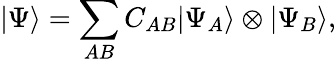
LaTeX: |\Psi\rangle=\sum_{AB}C_{AB}|\Psi_{A}\rangle\otimes|\Psi_{B}\rangle,